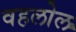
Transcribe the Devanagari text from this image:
वहलोल